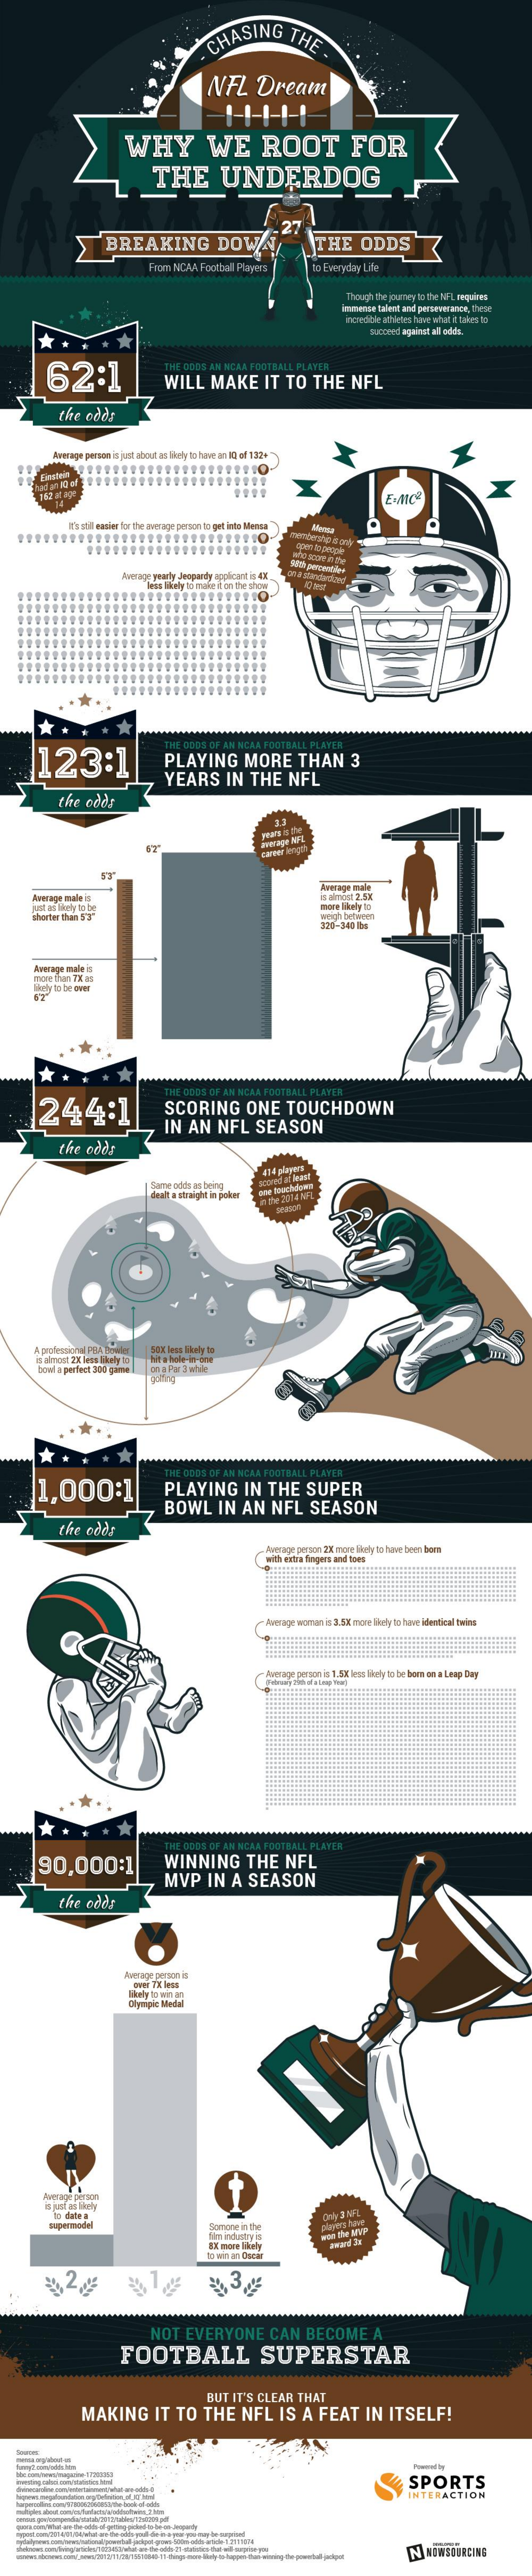
CHASING    THE
     NFL    Dream
     WHY    WE    ROOT    FOR
     THE    UNDERDOG
     BREAKING    DOWN,    THE    ODDS
     From  NCAA  Football Players    to Everyday Life
     Though The journey la the M' L mişaire
     imTeror  Bilet and perseverince, thede
     incredible athletes hove what a tales to
     Succede against all odds.
     62:1
     THE  GODS  AN
     WILL    MAKE    IT    TO    THE    NFL
     the   odds
     Amerage persan is just about as likely in home an 10 af 1324
     It's stil easier for the average person to get into llense
     aho sconto kte
     Aresage yearly -Jeopardy applicant is 4K.
     "les likely to take d'an the show
     123:1    PLAYING    MORE    THAN    3
     YEARS    IN    THE    NFL
     the    odds
     Iveuge male 5
     Average male
     B welt   2.5x
     more hoely 10
     wygh  between
     170-341  ba
     Average male b
     more Than 74 a5
     Wojty to be over
     244:1    SCORING    ONE    TOUCHDOWN
     IN   AN    NFL    SEASON
     the    oder
     me odes as Deund
     dealt a straight in poker
     bovil a perfect 300 game | on-y Por 3 while
     1,000:1    PLAYING    IN    THE    SUPER
     BOWL    IN    AN    NFL    SEASON
     the   odds
     - Average person 23 more likely to have been bam
     with eintra fingers and toes
     Average warran is 3.5X more likely to have lidentical twing
     kywage person is 1.5X less likely to be bam on a Leap Day
     *
     90,000:1    WINNING    THE    NFL
     MVP    IN    A   SEASON
     the    odds
     Olympic Medal
     Heesage person
     is just as likely
     Somone  in The
     NOT    EVERYONE    CAN    BECOME    A
     FOOTBALL    SUPERSTAR
     BUT   IT'S  CLEAR    THAT
     MAKING    IT   TO    THE    NFL    IS   A   FEAT    IN    ITSELF!
     SPORTS
     INTERACTION
     N   NIMSOURCING